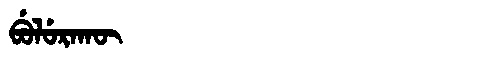
Manchu: ᠪᡠᠯᡠᡵᠠᡴᡡ
Romanization: BULURAKŪ